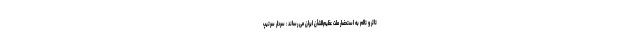
تاثر و تالم به استحضار ملت عظیم‌الشأن ایران می رساند : سردار سرتیپ